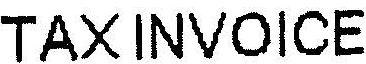
TAX INVOICE